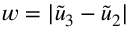
w = | \tilde { u } _ { 3 } - \tilde { u } _ { 2 } |